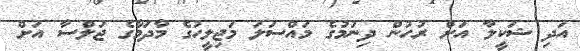
އަދި ޝަކީލާ އަށް ރުހުން ދިނުމުގެ މައްސަލަ މަޖިލީހުގެ މާދަމާގެ ޖަލްސާ އަށް